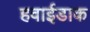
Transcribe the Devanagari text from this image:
हवाईडाक